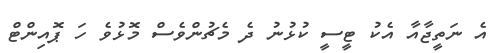
އެ ނަތީޖާއާ އެކު ޓީސީ ކުޅުނު ދެ މެޗުންވެސް މޮޅުވެ ހަ ޕޮއިންޓް